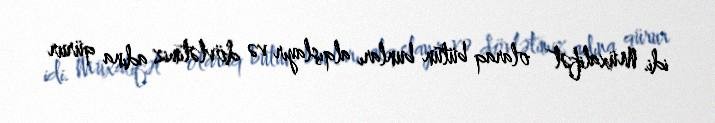
idi. Müxalifət olaraq bütün bunları alqışlayır və dövlətimiz adına qürur